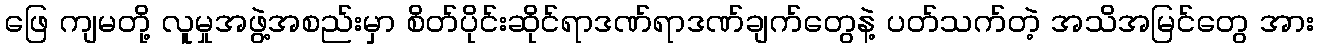
ဖြေ ကျမတို့ လူမှုအဖွဲ့အစည်းမှာ စိတ်ပိုင်းဆိုင်ရာဒဏ်ရာဒဏ်ချက်တွေနဲ့ ပတ်သက်တဲ့ အသိအမြင်တွေ အား